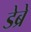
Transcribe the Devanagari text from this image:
डेब्रे